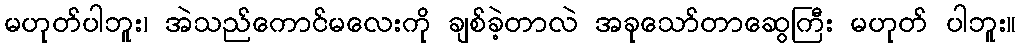
မဟုတ်ပါဘူး၊ အဲသည်ကောင်မလေးကို ချစ်ခဲ့တာလဲ အခုသော်တာဆွေကြီး မဟုတ် ပါဘူး။